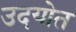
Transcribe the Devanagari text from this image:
उदयोत